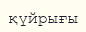
қүйрығы